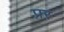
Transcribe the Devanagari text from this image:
प्रर